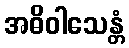
အဓိဝါသေန္တံ